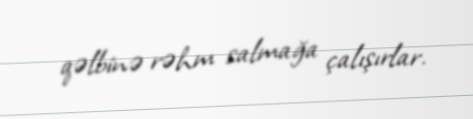
qəlbinə rəhm salmağa çalışırlar.